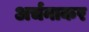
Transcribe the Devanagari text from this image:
अर्चनाकर